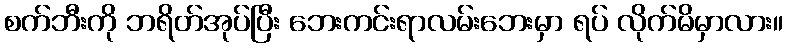
စက်ဘီးကို ဘရိတ်အုပ်ပြီး ဘေးကင်းရာလမ်းဘေးမှာ ရပ် လိုက်မိမှာလား။